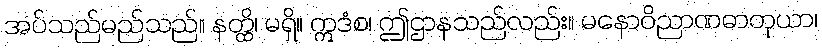
အပ်သည်မည်သည်။ နတ္ထိ၊ မရှိ။ ဣဒံစ၊ ဤဌာနသည်လည်း။ မနောဝိညာဏဓာတုယာ၊